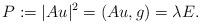
LaTeX: \begin{align*}P:=|Au|^2=(Au,g)=\lambda E.\end{align*}